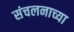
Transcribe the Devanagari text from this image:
संचलनाच्या